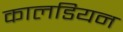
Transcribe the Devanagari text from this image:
कालडियन